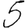
Digit: 5